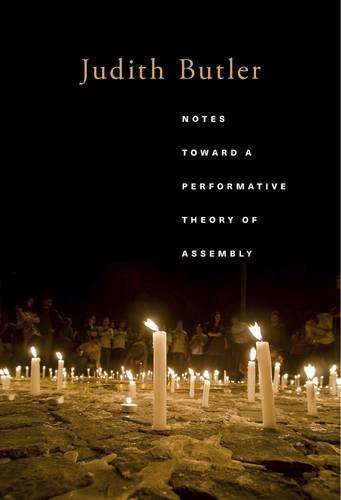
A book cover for Notes Toward a Performative Theory of Assembly (Mary Flexner Lectures of Bryn Mawr College); Judith Butler; Politics & Social Sciences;